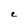
Character: e